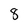
Character: 8